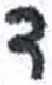
אות: ד